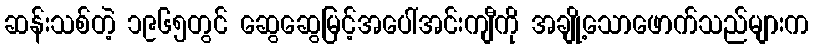
ဆန်းသစ်တဲ့ ၁၉၆၅တွင် ဆွေဆွေမြင့်အပေါ်အင်းကျီကို အချို့သောဖောက်သည်များက